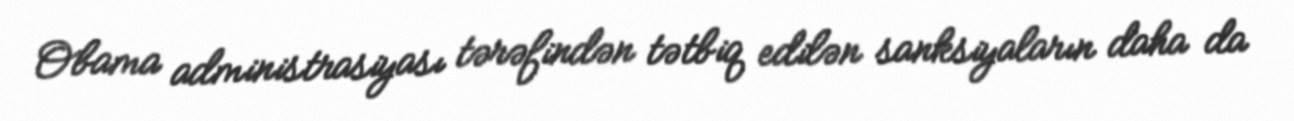
Obama administrasiyası tərəfindən tətbiq edilən sanksiyaların daha da